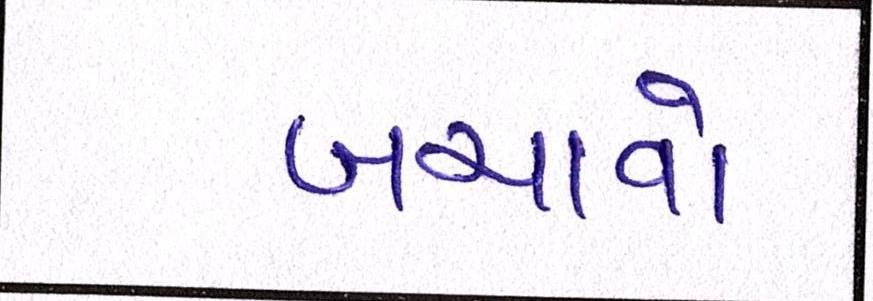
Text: બચાવો